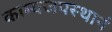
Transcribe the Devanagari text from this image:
काम्यजपस्थानं